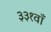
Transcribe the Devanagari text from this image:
३३१वाँ